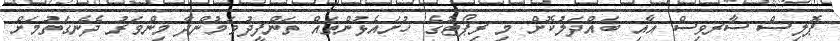
ޕޮލިސް ސާރވިސް އާއި ބައްދަލުކޮށް މި ރިޕޯޓުގެ ހުށައެޅުންތައް ތަންފީޛުވަމުންދާ މިންވަރު ދެނެގަތުމަށް